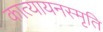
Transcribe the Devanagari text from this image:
कात्यायनस्मृति